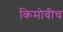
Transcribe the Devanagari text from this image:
किमोवीच